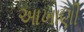
આખાણી